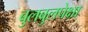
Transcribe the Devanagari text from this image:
बुलबुलपेक्षा